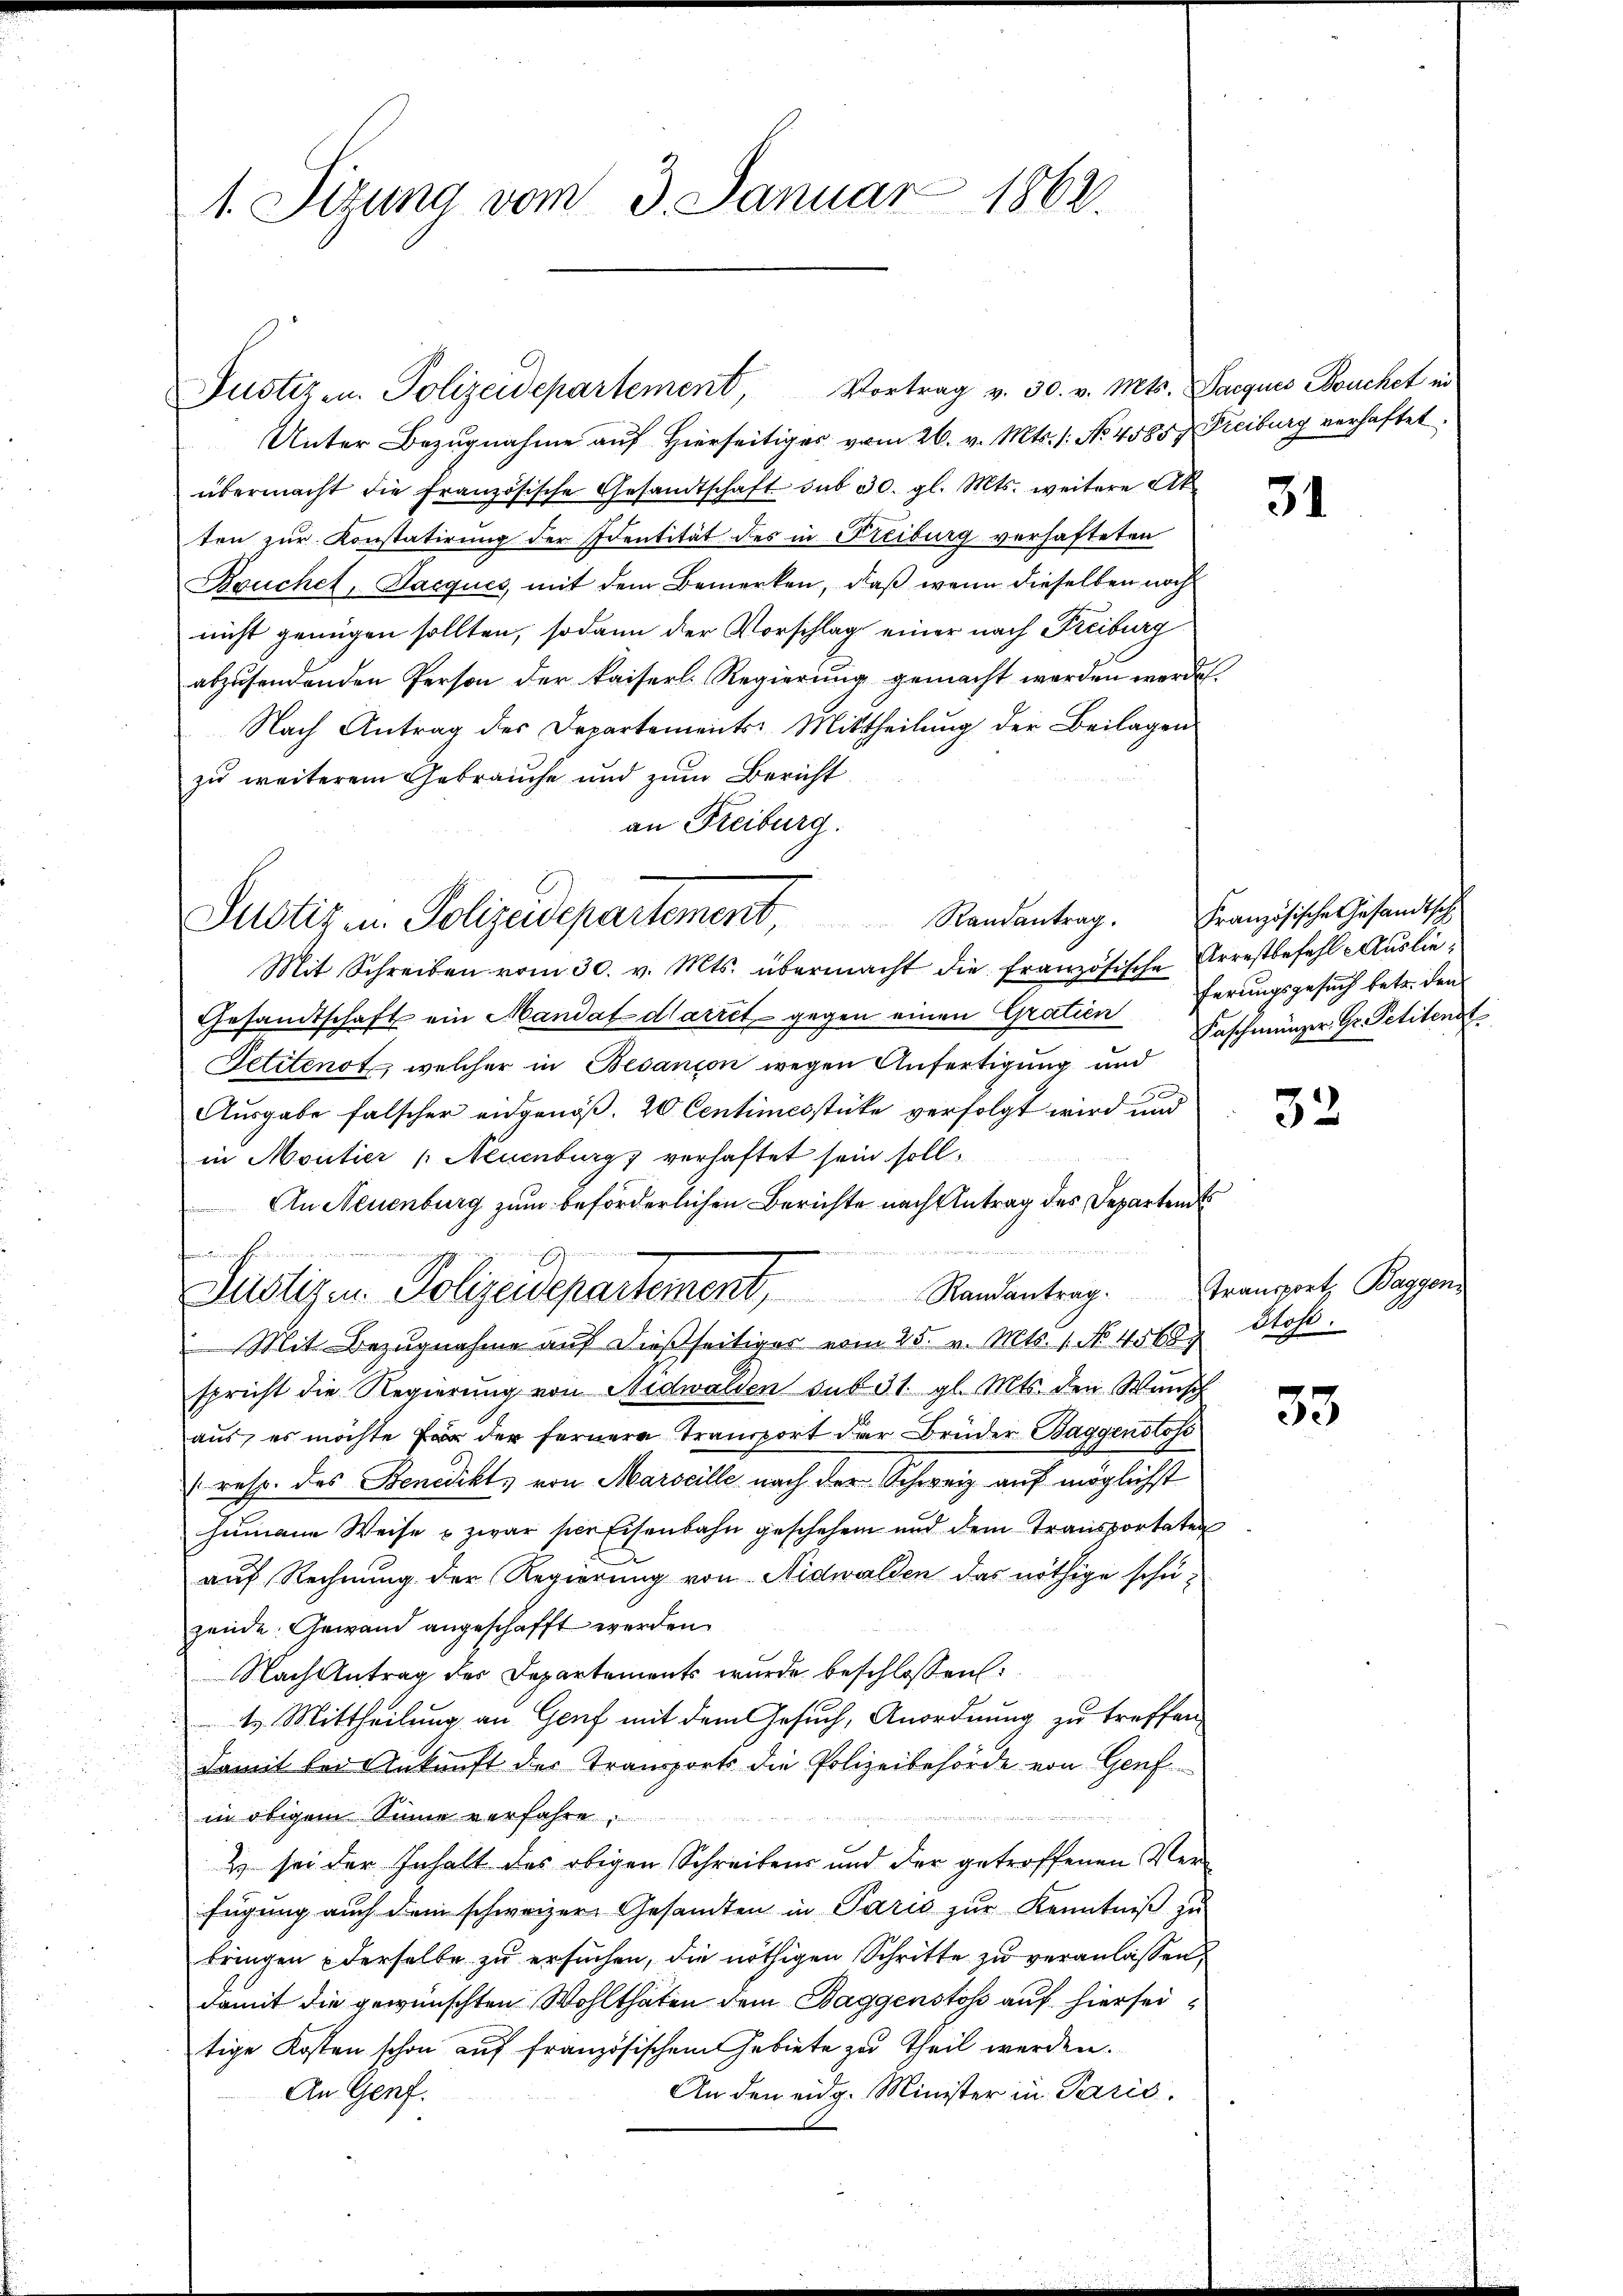
1. Sitzung vom 3. Januar 1862.

Unter Bezugnahme auf Hierseitiges vom 26. v. Mts. s. No. 4585, Freiburg verhaftet.
übermacht die französische Gesandtschaft sub 30. gl. Mts. weitere Ak
ten zur Konstatirung der Identität des in Freiburg verhafteten
Bouchel, Jacques, mit dem Bemerken, daß wenn dieselben noch
nicht genügen sollten, sodann der Vorschlag einer nach Freiburg
abzŭsendenden Person der kaiserl. Regierŭng gemacht werden werde.
Nach Antrag des Departements: Mittheilung der Beilagen
zu weiterem Gebrauche und zum Bericht
an Freiburg.
Mit Schreiben vom 30. v. Mts. übermacht die französische Arrestbefehl Auslie¬
Gesandtschaft ein Mandat Mariet gegen einen Grottin Faschmünzer Gr. Petitens.
Petitenot, welcher in Besanion wegen Anfertigung und
Ausgabe falscher eidgenöß. 20 Centimesstücke verfolgt wird und
in Moutier (Neuenburg verhaftet sein soll,
An Neuenburg zum beförderlichen Berichte nach Antrag des Departents
.
f
infachenden eine
Zustigen Polizeidepartement, Randantrag.
Mit Bezugnahme aŭf dießseitiger vom 25. v. Mts. 1. No. 4568. Stoss.
spricht die Regierung von Nidwalden sub 31. gl. Mts. den Wunsch
aus, es möchte Er der fernere Transport der Brüder Baggenstos
(resp. des Benedikt, von Marseille nach der Schweiz auf möglichst
humann Weise u zwar hier Eisenbahn geschehen und dem Transportaten
auf Rechnung der Regierung von Nidwalden das nöthige schuzende Gewand angeschafft werden.
Nach Antrag des Departements wurde beschlossen:
t. Mittheilung an Genf mit dem Gesuch, Anordnung zu treffen
damit bei Ankunft der Transports die Polizeibehörde von Genf
in obigem Sinne verfahre
e
& sei der Inhalt des obigen Schreibens und der getroffenen Verfügung auch dem schweizer Gesamten in Paris zur Kenntniß zu
bringen derselbe zu ersuchen, die nöthigen Schritte zu veranlassen,
damit die gewünschten Wohlthaten dem Baggenstoss auf hierseitige Kosten schon auf französischem Gebiete zu theil werden.
An den eidg. Minister in Paris,
An Genf.

Justiz u. Polizeidepartement, Randantrag. Französische Gesandtsche

Justizen. Polizeidepartement, Vortrag v. 30. v. Mts. Parques Bouchet in

31

ferungsgesuch betr. den

32

transport, Baggen,

33